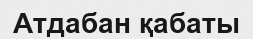
Атдабан қабаты